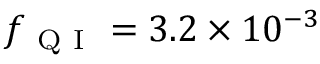
f _ { \mathrm { ~ Q ~ I ~ } } = 3 . 2 \times 1 0 ^ { - 3 }